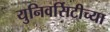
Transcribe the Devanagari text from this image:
युनिवर्सिटीच्या